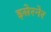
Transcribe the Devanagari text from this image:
इसेरनेर